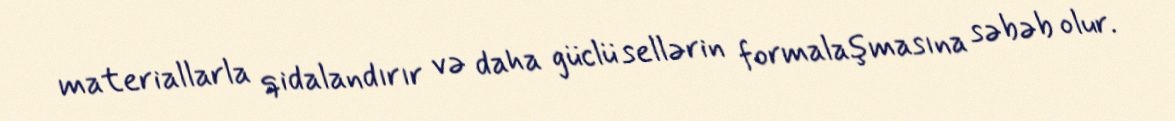
materiallarla qidalandırır və daha güclü sellərin formalaşmasına səbəb olur.